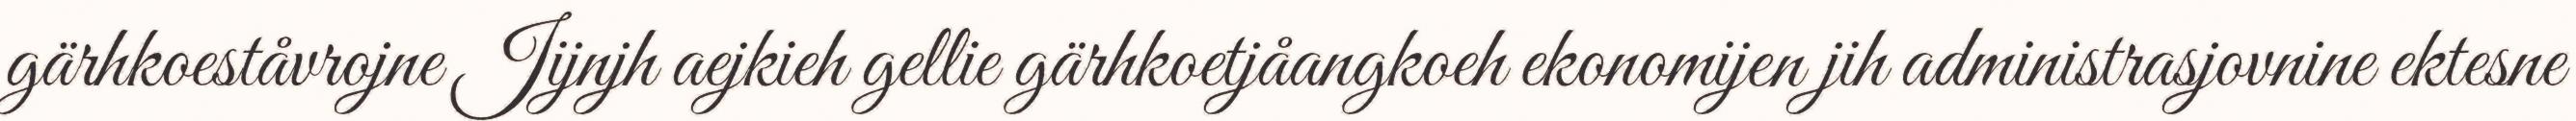
gärhkoeståvrojne Jijnjh aejkieh gellie gärhkoetjåangkoeh ekonomijen jih administrasjovnine ektesne